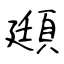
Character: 頲